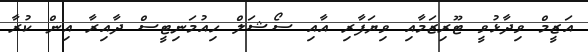
އަޒީމް ވިދާޅުވީ ޓޫރިޒަމާއި ވިޔަފާރި އާއި ސޯޝަލް ހިއުމަނިޓީސް ދާއިރާ އިން ކުރާ